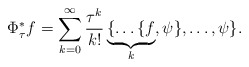
\begin{align*}\Phi^*_\tau f = \sum_{k=0}^\infty \frac{\tau^k}{k!}\underbrace{\{\ldots\{f}_k, \psi\},\ldots, \psi\}. \end{align*}